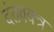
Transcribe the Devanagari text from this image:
दंतवक्त्र